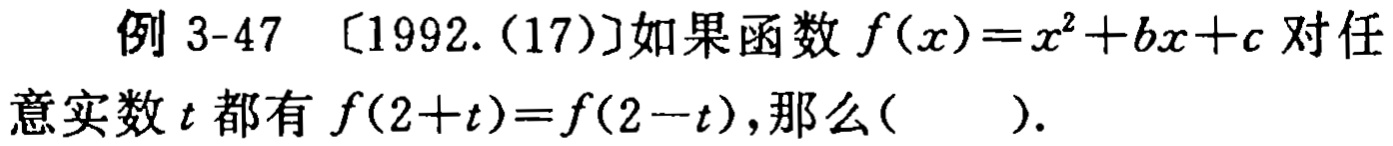
例 3-47 〔1992.(17)〕如果函数 \(f(x)=x^{2}+bx + c\) 对任意实数 \(t\) 都有 \(f(2 + t)=f(2 - t)\)，那么( ).